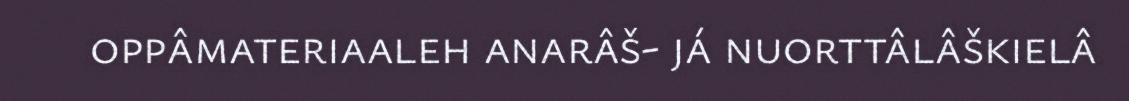
oppâmateriaaleh anarâš- já nuorttâlâškielâ